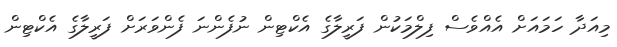
މިއަދާ ހަމައަށް އެއްވެސް ފިލްމަކުން ފަރީލާގެ އެކްޓިން ނުފެންނަ ފެންވަރަށް ފަރީލާގެ އެކްޓިން